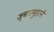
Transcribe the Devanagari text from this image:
ज्वारमुहानें